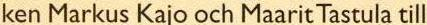
ken Markus Kajo och Maarit Tastula till